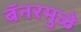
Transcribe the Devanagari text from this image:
बॅनरमुळे